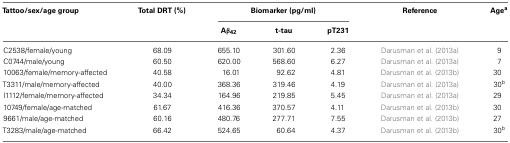
<table><thead><tr><td><b>Tattoo/sex/age group</b></td><td><b>Total DRT (%)</b></td><td colspan="3"><b>Biomarker (pg/ml)</b></td><td><b>Reference</b></td><td><b>Age<sup>a</sup></b></td></tr><tr><td></td><td></td><td><b>Aβ<sub>42</sub></b></td><td><b>t-tau</b></td><td><b>pT231</b></td><td></td></tr></thead><tbody><tr><td>C2538/female/young</td><td>68.09</td><td>655.10</td><td>301.60</td><td>2.36</td><td>Darusman et al. (2013a)</td><td>9</td></tr><tr><td>C0744/male/young</td><td>60.50</td><td>620.00</td><td>568.60</td><td>6.27</td><td>Darusman et al. (2013a)</td><td>7</td></tr><tr><td>10063/female/memory-affected</td><td>40.58</td><td>16.01</td><td>92.62</td><td>4.81</td><td>Darusman et al. (2013b)</td><td>30</td></tr><tr><td>T3311/male/memory-affected</td><td>40.00</td><td>368.36</td><td>319.46</td><td>4.19</td><td>Darusman et al. (2013a)</td><td>30<sup>b</sup></td></tr><tr><td>I1112/female/memory-affected</td><td>34.34</td><td>164.96</td><td>219.85</td><td>5.45</td><td>Darusman et al. (2013a)</td><td>29</td></tr><tr><td>10749/female/age-matched</td><td>61.67</td><td>416.36</td><td>370.57</td><td>4.11</td><td>Darusman et al. (2013b)</td><td>30</td></tr><tr><td>9661/male/age-matched</td><td>60.16</td><td>480.76</td><td>277.71</td><td>7.55</td><td>Darusman et al. (2013b)</td><td>27</td></tr><tr><td>T3283/male/age-matched</td><td>66.42</td><td>524.65</td><td>60.64</td><td>4.37</td><td>Darusman et al. (2013b)</td><td>30<sup>b</sup></td></tr></tbody></table>